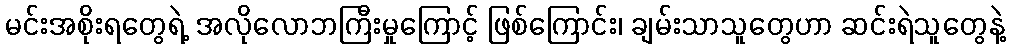
မင်းအစိုးရတွေရဲ့ အလိုလောဘကြီးမှုကြောင့် ဖြစ်ကြောင်း၊ ချမ်းသာသူတွေဟာ ဆင်းရဲသူတွေနဲ့